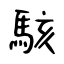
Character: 駭